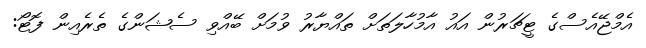
އެމްޖޭއެސްގެ ޓީޗަރުން އައު އާމުހާލަތަށް ތައްޔާރު ވުމަށް ބޭއްވި ސެޝަންގެ ތެރެއިން ފޮޓޯ: